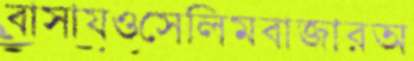
বাসায়ওসেলিমবাজারঅ